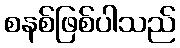
စနစ်ဖြစ်ပါသည်